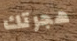
هجرتك